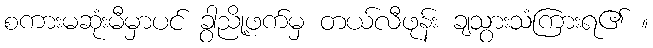
စကားမဆုံးမီမှာပင် ခွာညို့ဖက်မှ တယ်လီဖုန်း ချသွားသံကြားရ၏ ။